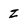
Character: z